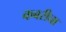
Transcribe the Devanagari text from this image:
कबरीचा